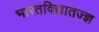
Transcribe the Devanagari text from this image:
भारतविद्यातज्ज्ञ